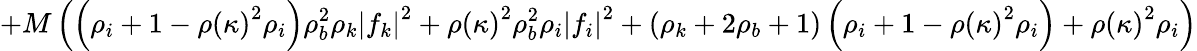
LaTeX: +M\left(\left(\rho_{i}+1-\rho\left(\kappa\right)^{2}\rho_{i}\right)\rho_{b}^{2}\rho_{k}\left|f_{k}\right|^{2}+\rho\left(\kappa\right)^{2}\rho_{b}^{2}\rho_{i}\left|f_{i}\right|^{2}+\left(\rho_{k}+2\rho_{b}+1\right)\left(\rho_{i}+1-\rho\left(\kappa\right)^{2}\rho_{i}\right)+\rho\left(\kappa\right)^{2}\rho_{i}\right)